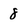
Character: 8